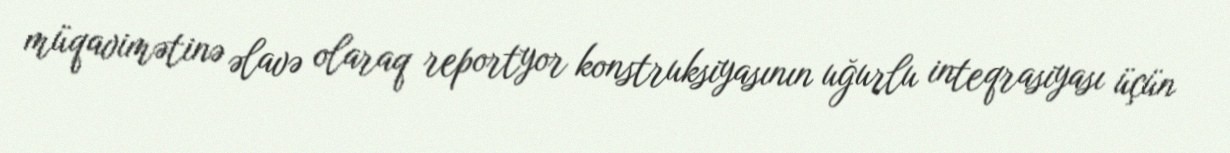
müqavimətinə əlavə olaraq reportyor konstruksiyasının uğurlu inteqrasiyası üçün